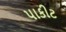
પાકીટ